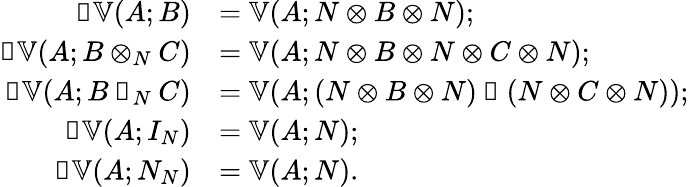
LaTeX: \begin{array}{rl}{𝓝𝕍(A;B)}&{=𝕍(A;N⊗B⊗N);}\\ {𝓝𝕍(A;B⊗_{N}C)}&{=𝕍(A;N⊗B⊗N⊗C⊗N);}\\ {𝓝𝕍(A;B◁_{N}C)}&{=𝕍(A;(N⊗B⊗N)◁(N⊗C⊗N));}\\ {𝓝𝕍(A;I_{N})}&{=𝕍(A;N);}\\ {𝓝𝕍(A;N_{N})}&{=𝕍(A;N).}\end{array}